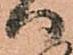
ハ